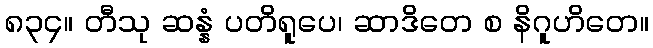
၈၃၄။ တီသု ဆန္နံ ပတိရူပေ၊ ဆာဒိတေ စ နိဂူဟိတေ။